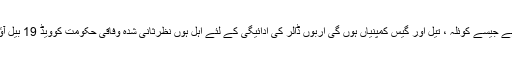
امریکہ میں ایسا لگتا ہے جیسے کوئلہ ، تیل اور گیس کمپنیاں ہوں گی اربوں ڈالر کی ادائیگی کے لئے اہل ہوں نظرثانی شدہ وفاقی حکومت کوویڈ 19 بیل آؤٹ اقدامات کے تحت۔